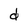
Character: d